Report on vaccination in Madras 1877-1894 - 1877-1894
Year: 1877
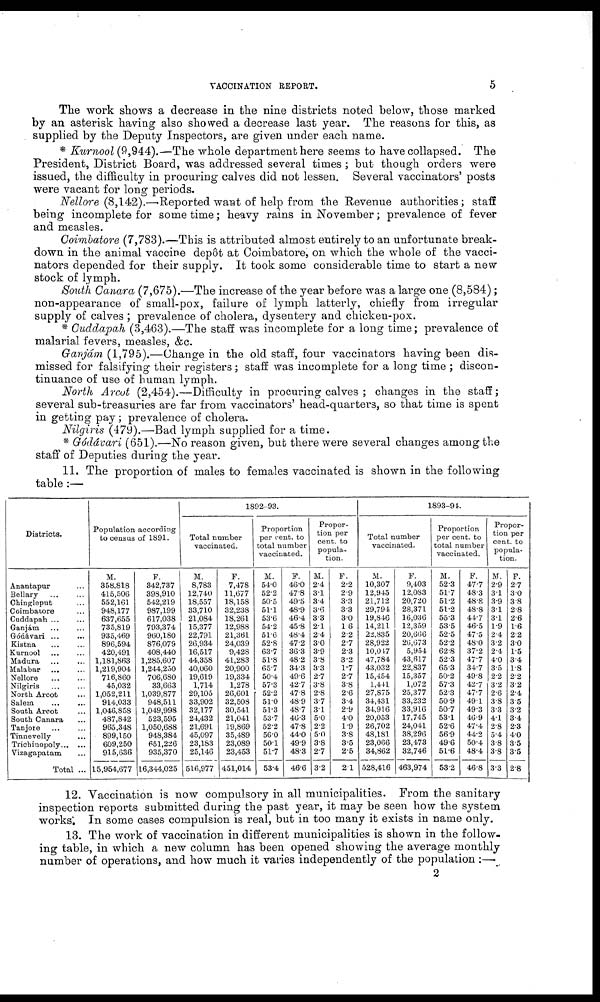
VACCINATION REPORT.
5
The work shows a decrease in the nine districts noted below, those marked
by an asterisk having also showed a decrease last year. The reasons for this, as
supplied by the Deputy Inspectors, are given under each name.
* Kurnool (9,944).—The whole department here seems to have collapsed. The
President, District Board, was addressed several times ; but though orders were
issued, the difficulty in procuring calves did not lessen. Several vaccinators' posts
were vacant for long periods.
Nellore (8,142).—.Reported want of help from the Revenue authorities; staff
being incomplete for some time; heavy rains in November; prevalence of fever
and measles.
Coimbatore (7,783).—This is attributed almost entirely to an unfortunate break-
down in the animal vaccine depôt at Coimbatore, on which the whole of the vacci-
nators depended for their supply. It took some considerable time to start a new
stock of lymph.
South Canara (7,675).—The increase of the year before was a large one (8,584);
non-appearance of small-pox, failure of lymph latterly, chiefly from irregular
supply of calves ; prevalence of cholera, dysentery and chicken-pox.
* Cuddapah (3,463).—The staff was incomplete for a long time; prevalence of
malarial fevers, measles, &c.
Ganjám (1,795).—Change in the old staff, four vaccinators having been dis-
missed for falsifying their registers; staff was incomplete for a long time ; discon-
tinuance of use of human lymph.
North Arcot (2,454).—Difficulty in procuring calves ; changes in the staff;
several sub-treasuries are far from vaccinators' head-quarters, so that time is spent
in getting pay; prevalence of cholera.
Nilgiris (479).—Bad lymph supplied for a time.
* Gódávari (651).—No reason given, but there were several changes among the
staff of Deputies during the year.
11. The proportion of males to females vaccinated is shown in the following
table :—
Districts.
Anantapur ...
Bellary
...
...
Chingleput ...
Coimbatore ...
Cuddapah ... ...
Ganjám ... ...
Gódávari
...
...
Kistna ... ...
Kurnool ... ...
Madura ... ...
Malabar ... ...
Nellore ... ...
Nilgiris ... ...
North Arcot ...
Salem ... ...
South Arcot ...
South Canara ...
Tanjore
...
...
Tinnevelly ...
Tricbinopoly ... ...
Vizagapatam ...
Total ...
Population according
to census of 1891.
M.
358,818
415,506
552,161
948,177
637,655
735,819
935,469
896,594
420,491
1,181,863
1,219,904
716,860
45,032
1,052,211
914,033
1,046,858
487,842
965,348
899,150
609,250
915,636
15,954,677
F.
342,737
398,910
542,219
987,199
617,038
793,374
960,180
876,079
408,440
1,285,607
1,244,250
706,680
33,663
1,039,877
948,511
1,049,998
523,595
1,050,688
948,384
651,226
935,370
16,344,025
1892-93.
Total number
vaccinated.
M.
8,783
12,740
18,557
33,710
21,084
15,377
22,791
26,934
16,517
44,358
40,060
19,619
1,714
29,105
33,902
32,177
24,432
21,691
45,097
23,183
25,146
516,977
F.
7,478
11,677
18,158
32,238
18,261
12,988
21,361
24,039
9,428
41,283
20,900
19,334
1,278
26,601
32,508
30,541
21,041
19,869
35,489
23,089
23,453
451,014
Proportion
per cent. to
total number
vaccinated.
M.
54.0
52.2
50.5
51.1
53.6
54.2
51.6
52.8
63.7
51.8
65.7
50.4
57.3
52.2
51.0
51.3
53.7
52.2
56.0
50.1
51.7
53.4
F.
46.0
47.8
49.5
48.9
46.4
45.8
48.4
47.2
36.3
48.2
34.3
49.6
42.7
47.8
48.9
48.7
46.3
47.8
44.0
49.9
48.3
46.6
Propor-
tion per
cent. to
popula-
tion.
M.
2.4
3.1
3.4
3.6
3.3
2.1
2.4
3.0
3.9
3.8
3.3
2.7
3.8
2.8
3.7
3.1
5.0
2.2
5.0
3.8
2.7
3.2
F.
2.2
2.9
3.3
3.3
3.0
1.6
2.2
2.7
2.3
3.2
1.7
2.7
3.8
2.6
3.4
2.9
4.0
1.9
3.8
3.5
2.5
2.1
1893-94.
Total number
vaccinated.
M.
10,307
12,945
21,712
29,794
19,846
14,211
22,835
28,922
10,047
47,784
43,032
15,454
1,441
27,875
34,431
34,916
20,053
26,702
48,181
23,066
34,862
528,416
F.
9,403
12,083
20,720
28,371
16,036
12,359
20,666
26,673
5,954
43,617
22,837
15,357
1,072
25,377
33,233
33,916
17,745
24,041
38,296
23,473
32,746
463,974
Proportion
per cent. to
total number
vaccinated.
M.
52.3
51.7
51.2
51.2
55.3
53.5
52.5
52.2
62.8
52.3
65.3
50.2
57.3
52.3
50.9
50.7
53.1
52.6
56.9
49.6
51.6
53.2
F.
47.7
48.3
48.8
48.8
44.7
46.5
47.5
48.0
37.2
47.7
34.7
49.8
42.7
47.7
49.1
49.3
46.9
47.4
44.2
50.4
48.4
46.8
Propor-
tion per
cent. to
popula-
tion.
M.
2.9
3.1
3.9
3.1
3.1
1.9
2.4
3.2
2.4
4.0
3.5
2.2
3.2
2.6
3.8
3.3
4.1
2.8
5.4
3.8
3.8
3.3
F.
2.7
3.0
3.8
2.8
2.6
1.6
2.2
3.0
1.5
3.4
1.8
2.2
3.2
2.4
3.5
3.2
3.4
2.3
4.0
3.5
3.5
2.8
12. Vaccination is now compulsory in all municipalities. From the sanitary
inspection reports submitted during the past year, it may be seen how the system
works. In some cases compulsion is real, but in too many it exists in name only.
13. The work of vaccination in different municipalities is shown in the follow-
ing table, in which a new column has been opened showing the average monthly
number of operations, and how much it varies independently of the population :—
2